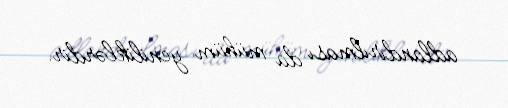
adlandırılması da mühüm yeniliklərdir.